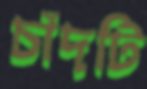
চাঁদটি